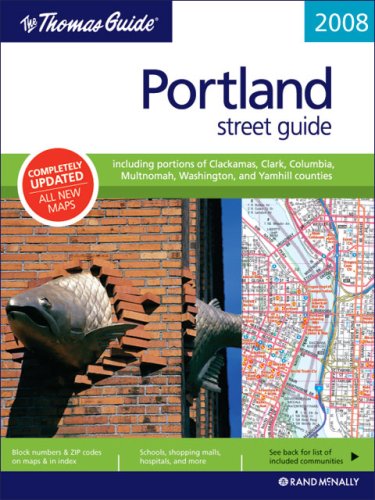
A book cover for The Thomas Guide 2008 Portland street guide; Travel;